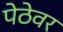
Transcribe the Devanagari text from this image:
पेठेवर